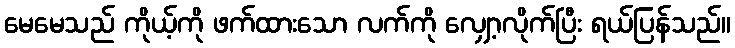
မေမေသည် ကိုယ့်ကို ဖက်ထားသော လက်ကို လျှော့လိုက်ပြီး ရယ်ပြန်သည်။